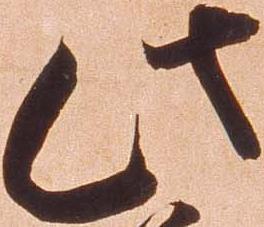
此